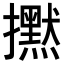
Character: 𢹇